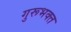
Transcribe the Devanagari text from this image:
गुरूभक्त